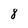
Character: 8